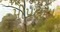
પીપલના